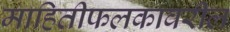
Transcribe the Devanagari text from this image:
माहितीफलकावरील